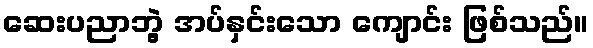
ဆေးပညာဘွဲ့ အပ်နှင်းသော ကျောင်း ဖြစ်သည်။